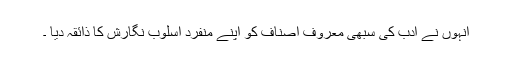
انہوں نے ادب کی سبھی معروف اصناف کو اپنے منفرد اسلوب نگارش کا ذائقہ دیا ۔